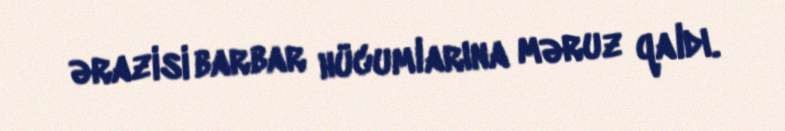
ərazisi barbar hücumlarına məruz qaldı.